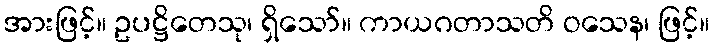
အားဖြင့်။ ဥပဋ္ဌိတေသု၊ ရှိသော်။ ကာယဂတာသတိ ဝသေန၊ ဖြင့်။